Civil Veterinary Department Bengal reports 1933-51 - 1933-1951
Year: 1933
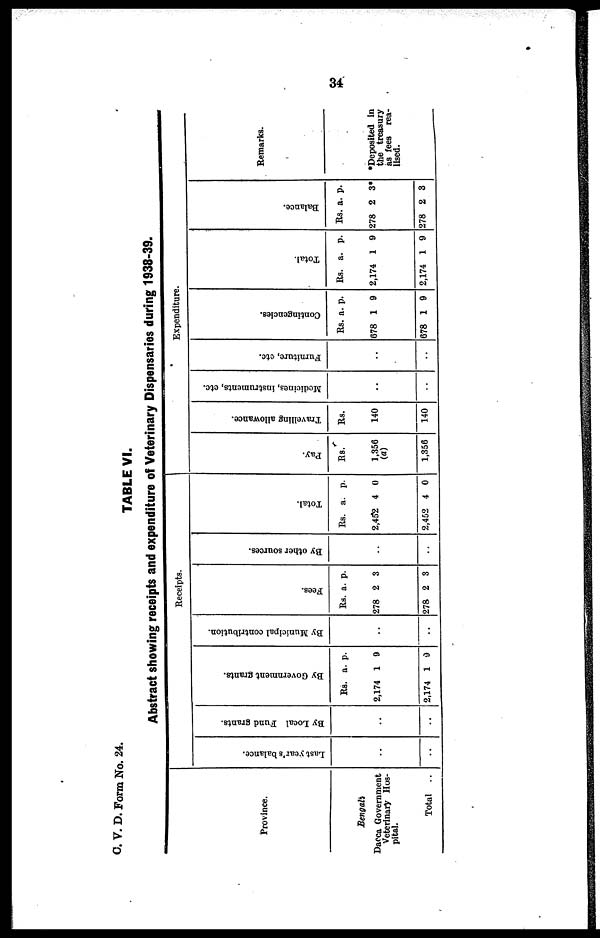
34
C. V. D. Form No. 24.
TABLE VI.
Abstract showing receipts and expenditure of Veterinary Dispensaries during 1938-39.
Province.
Bengali
Dacca Government
Veterinary Hos-
pital.
Total ..
Receipts.
Last year' s bal ance.
..
..
By Local Fund grants.
..
..
By Go v e r
n me n t grants.
Rs.
2,174
2,174
a.
1
1
p.
9
9
By Muni c i
pa l contribution.
..
..
Fees.
Rs.
278
278
a.
2
2
p.
3
3
By other sources.
..
..
Tot al .
Rs.
2,452
2,452
a.
4
4
p.
0
0
Expenditure.
Pay.
Rs.
1,356
(a)
1,356
Travelling allowance.
Rs.
140
140
Medicines, instruments, etc.
..
..
Furniture, etc.
..
..
Cont i
nge nc i
e s .
Rs.
678
678
a.
1
1
p.
9
9
Tot al .
Rs.
2,174
2,174
a.
1
1
p.
9
9
Bal ance.
Rs.
278
278
a.
2
2
p.
3*
3
Remarks.
*Deposited in
the treasury
as fees rea-
lised.